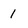
Character: 1